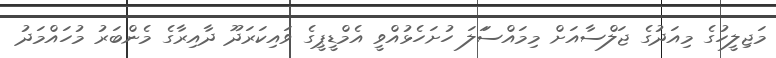
މަޖިލީހުގެ މިއަދުގެ ޖަލްސާއަށް މިމައްސަަލަ ހުށަހެޅުއްވީ އެމްޑީޕީގެ ވައިކަރަދޫ ދާއިރާގެ މެންބަރު މުހައްމަދު